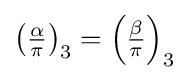
\left({\tfrac {\alpha }{\pi }}\right)_{3}=\left({\tfrac {\beta }{\pi }}\right)_{3}